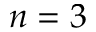
n = 3